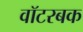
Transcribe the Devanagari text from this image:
वॉटरबक